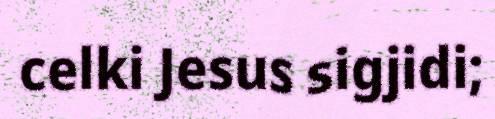
celki Jesus sigjidi;